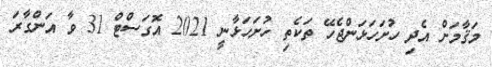
މަޤާމަށް އެދި ހުށަހަޅަންޖެހޭ ތަކެތި ހުށަހަޅާނީ 2021 އޮގަސްޓް 31 ވާ އަންގާރަ